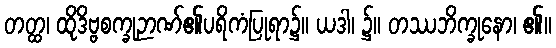
တတ္ထ၊ ထိုဒိဗ္ဗစက္ခုဉာဏ်၏ပရိကံပြုရာ၌။ ယဒါ၊ ၌။ တဿဘိက္ခုနော၊ ၏။